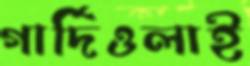
গার্দিওলাই